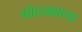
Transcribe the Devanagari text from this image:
मोठ्याबाया